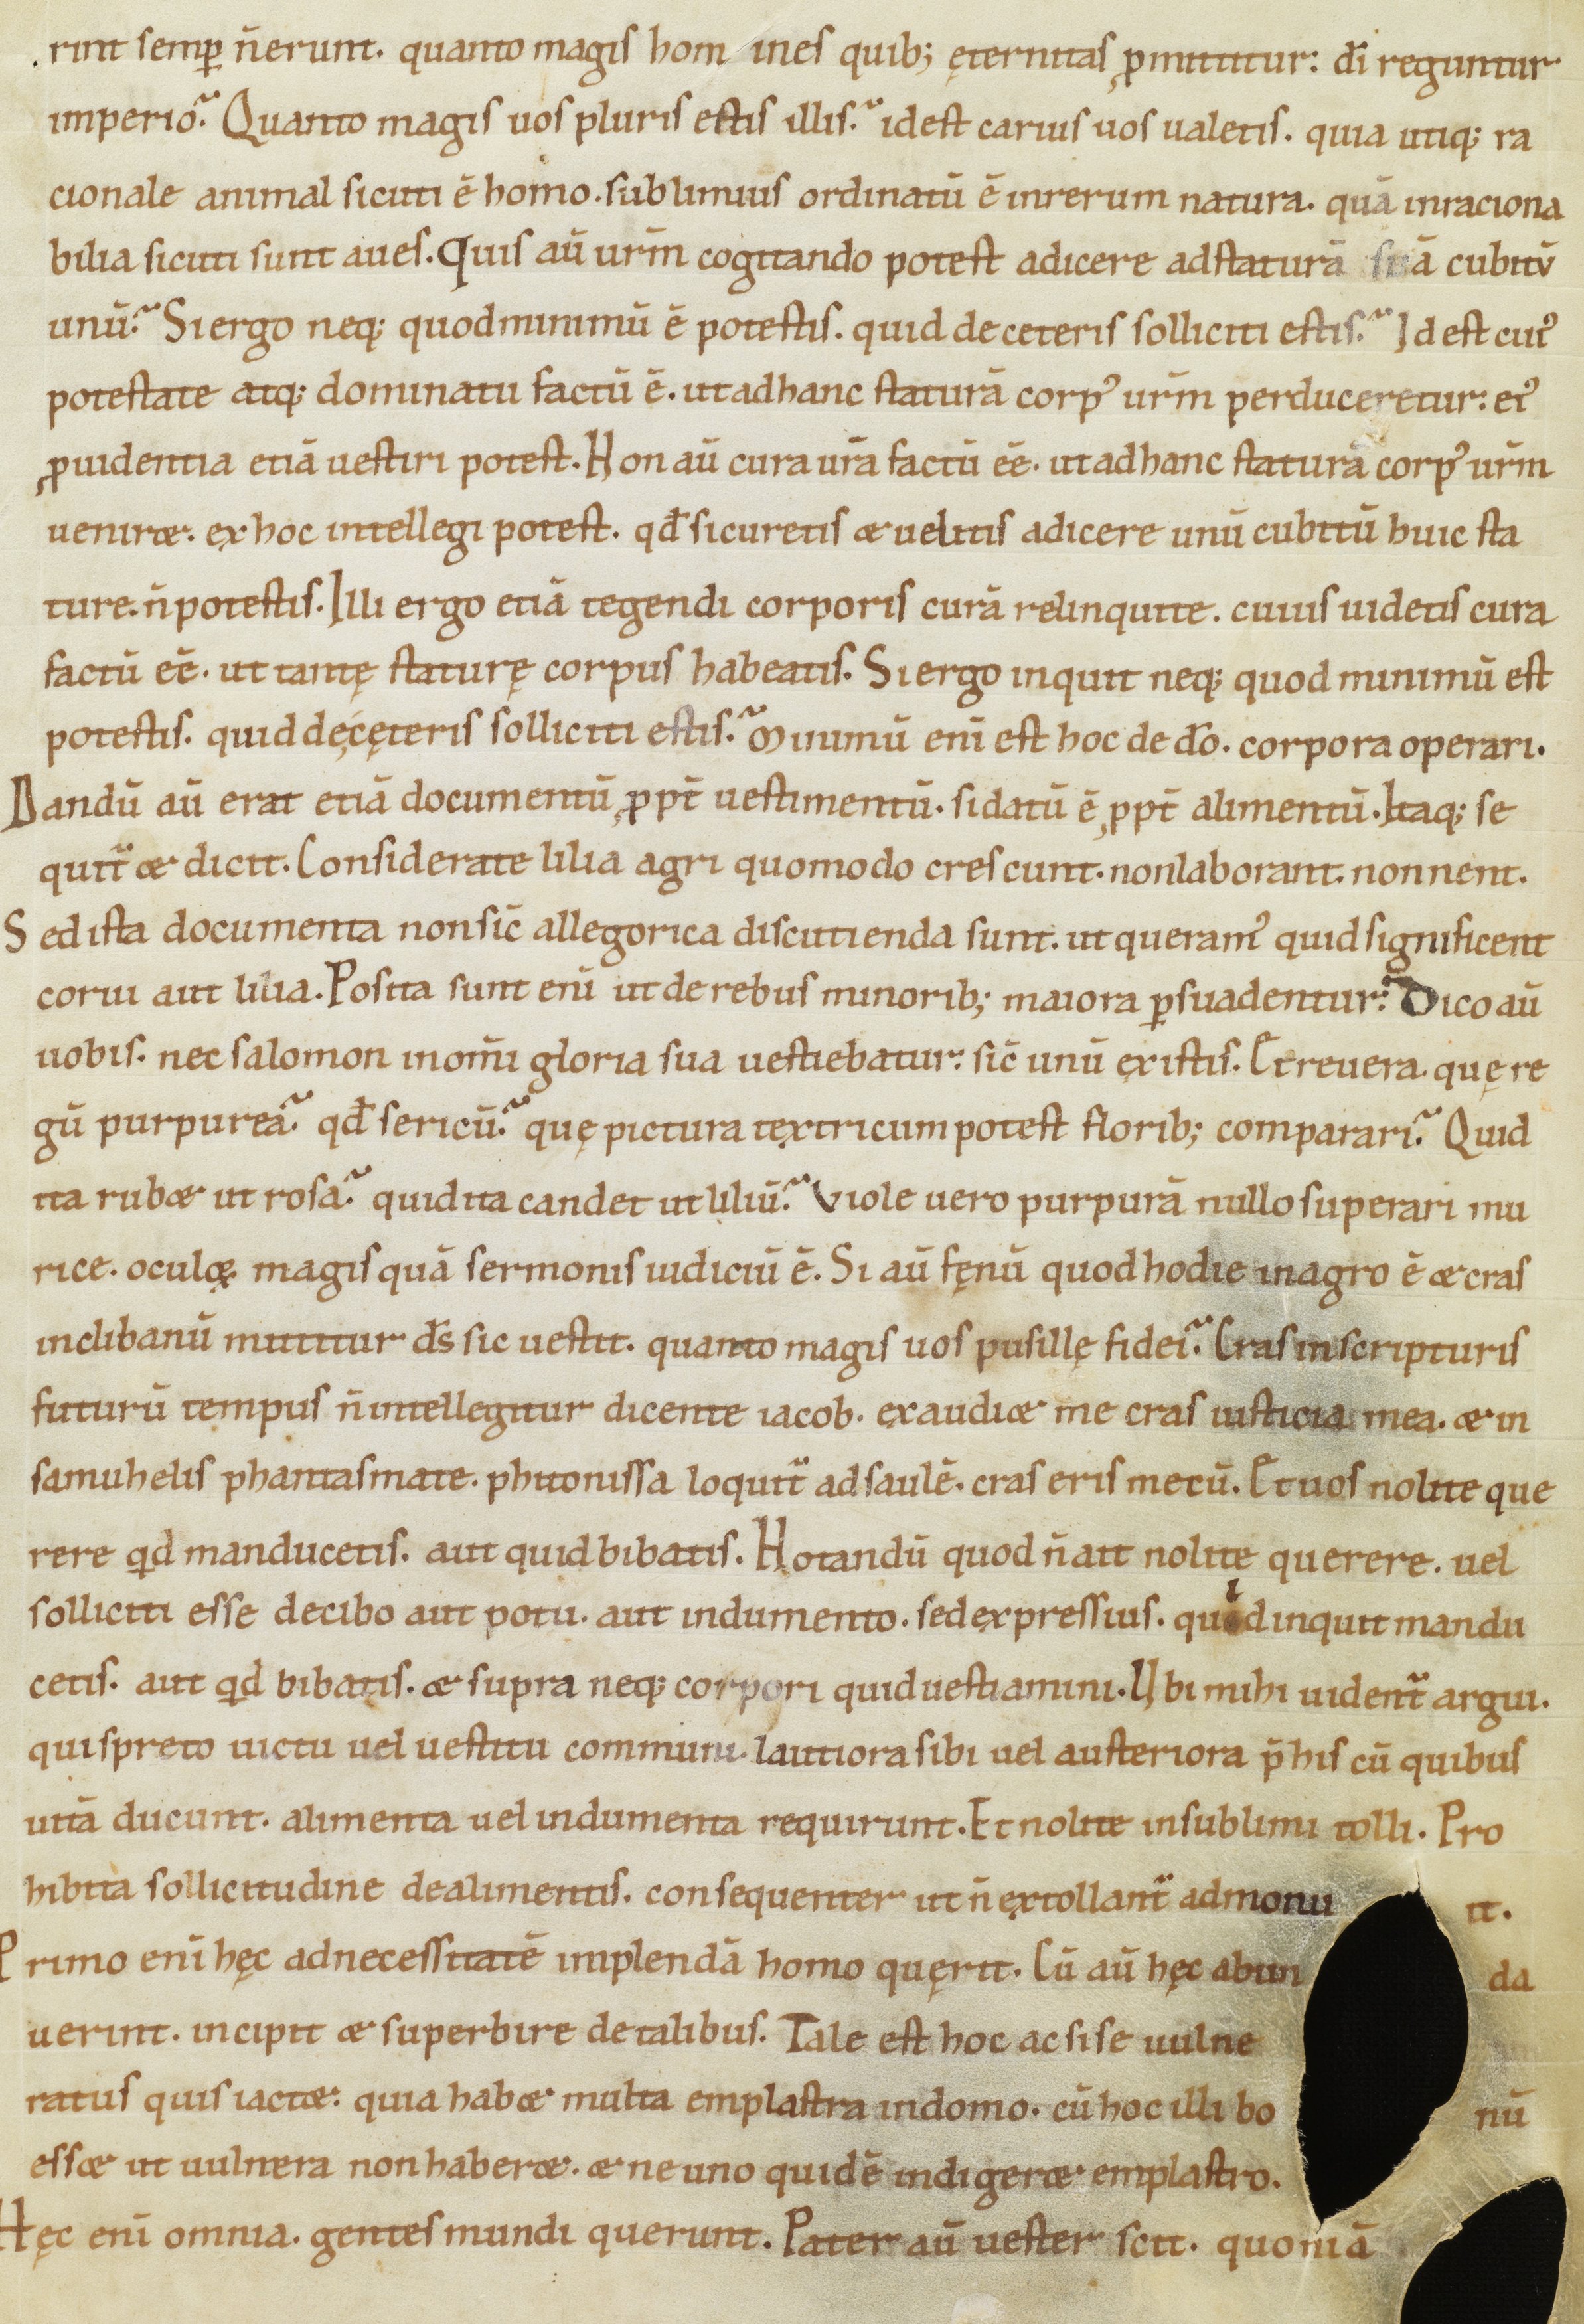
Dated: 1100–1199